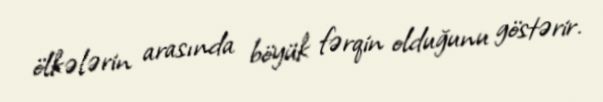
ölkələrin arasında böyük fərqin olduğunu göstərir.